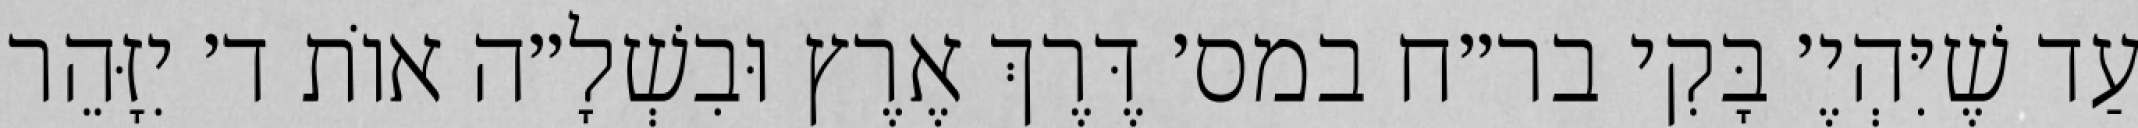
עַד שֶׁיִּהְיֶ׳ בָּקִי בר״ח במס׳ דֶּרֶךְ אֶרֶץ וּבִשְׁלָ״ה אוֹת ד׳ יִזָּהֵר